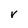
Character: v